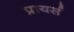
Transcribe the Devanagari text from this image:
प्रायर्स